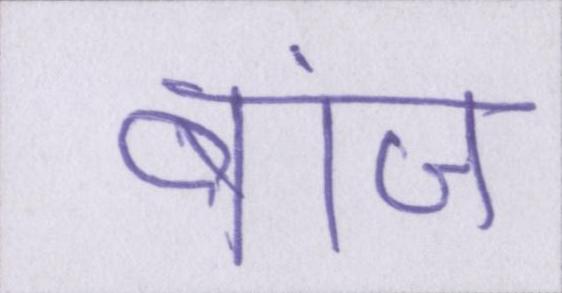
बांज